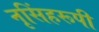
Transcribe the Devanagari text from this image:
नृसिंहरूपी